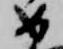
如